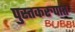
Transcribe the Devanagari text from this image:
पुस्तकरुपात